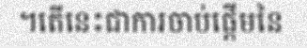
។តើនេះជាការចាប់ផ្តើមនៃ